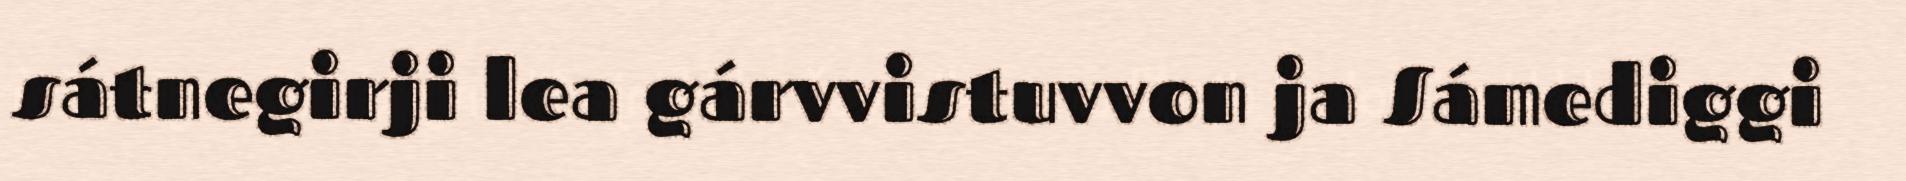
sátnegirji lea gárvvistuvvon ja Sámediggi